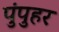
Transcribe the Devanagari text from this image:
पुंपुहर